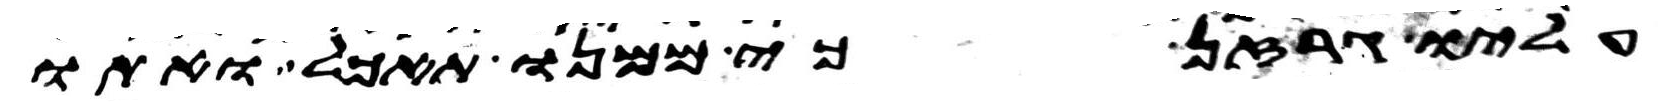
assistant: עליו גרזן כי ממנו תאכל ואתו